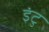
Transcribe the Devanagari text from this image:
इंटु